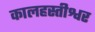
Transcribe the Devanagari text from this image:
कालहस्तीश्वर